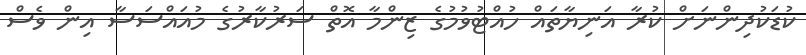
ކުޑަކުދިންނަށް ކުރާ އަނިޔާތައް ހުއްޓުވުމުގެ ޒިންމާ އޮތް ސަރުކާރުގެ މުއައްސަސާ އިން ވެސް